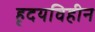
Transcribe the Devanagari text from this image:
हृदयविहीन